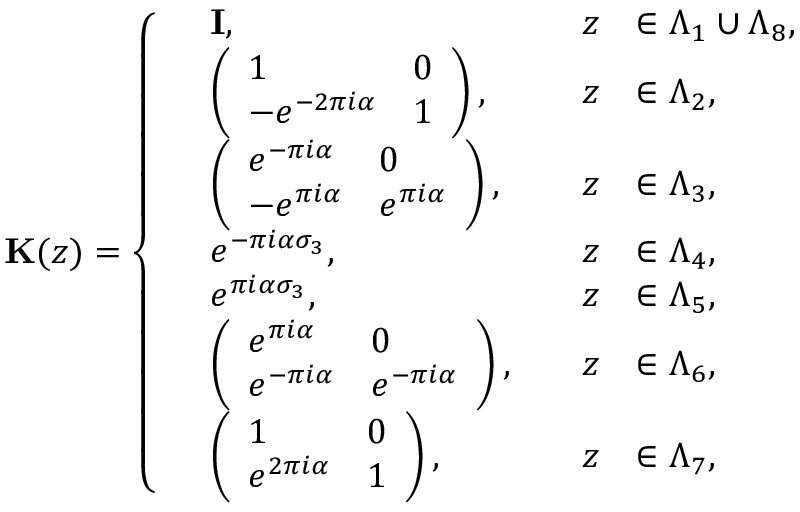
\mathbf { K } ( z ) = \left\{ \begin{array} { r l r l } & { \mathbf { I } , \quad } & { z } & { \in \Lambda _ { 1 } \cup \Lambda _ { 8 } , } \\ & { \left( \begin{array} { l l } { 1 } & { 0 } \\ { - e ^ { - 2 \pi i \alpha } } & { 1 } \end{array} \right) , \quad } & { z } & { \in \Lambda _ { 2 } , } \\ & { \left( \begin{array} { l l } { e ^ { - \pi i \alpha } } & { 0 } \\ { - e ^ { \pi i \alpha } } & { e ^ { \pi i \alpha } } \end{array} \right) , \quad } & { z } & { \in \Lambda _ { 3 } , } \\ & { e ^ { - \pi i \alpha \sigma _ { 3 } } , \quad } & { z } & { \in \Lambda _ { 4 } , } \\ & { e ^ { \pi i \alpha \sigma _ { 3 } } , \quad } & { z } & { \in \Lambda _ { 5 } , } \\ & { \left( \begin{array} { l l } { e ^ { \pi i \alpha } } & { 0 } \\ { e ^ { - \pi i \alpha } } & { e ^ { - \pi i \alpha } } \end{array} \right) , \quad } & { z } & { \in \Lambda _ { 6 } , } \\ & { \left( \begin{array} { l l } { 1 } & { 0 } \\ { e ^ { 2 \pi i \alpha } } & { 1 } \end{array} \right) , \quad } & { z } & { \in \Lambda _ { 7 } , } \end{array} \right.